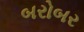
બરોબર